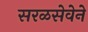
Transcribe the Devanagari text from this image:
सरळसेवेने